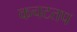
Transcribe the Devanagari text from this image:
कचटतप